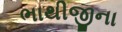
ભાથીજીના